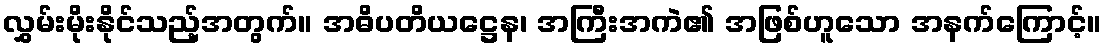
လွှမ်းမိုးနိုင်သည့်အတွက်။ အဓိပတိယဋ္ဌေန၊ အကြီးအကဲ၏ အဖြစ်ဟူသော အနက်ကြောင့်။